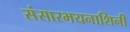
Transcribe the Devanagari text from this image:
संसारभयनाशिनी